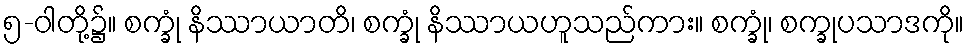
၅-ဝါတို့၌။ စက္ခုံ နိဿာယာတိ၊ စက္ခုံ နိဿာယဟူသည်ကား။ စက္ခုံ၊ စက္ခုပသာဒကို။